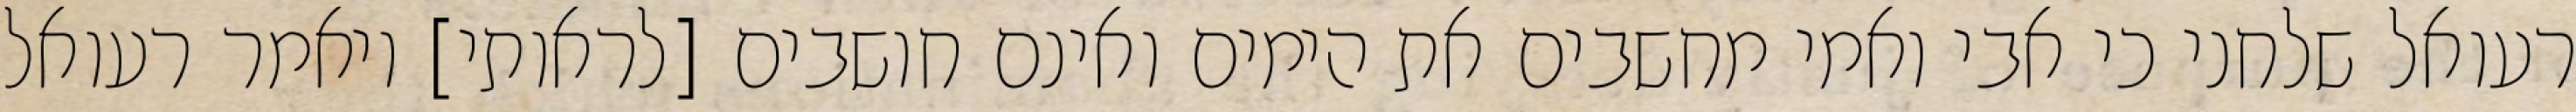
רעואל שלחני כי אבי ואמי מחשבים את הימים ואינם חושבים [לראותי] ויאמר רעואל